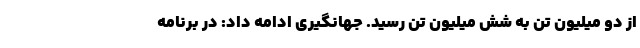
از دو میلیون تن به شش میلیون تن رسید. جهانگیری ادامه داد: در برنامه